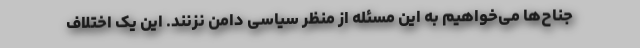
جناح‌ها می‌خواهیم به این مسئله از منظر سیاسی دامن نزنند. این یک اختلاف